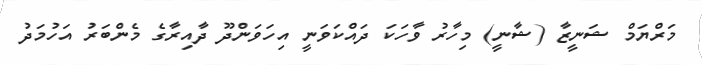
މަރްޔަމް ޝަނީޒާ (ޝާނީ) މިހާރު ވާހަކަ ދައްކަވަނީ އިހަވަންދޫ ދާއިރާގެ މެންބަރު އަހުމަދު